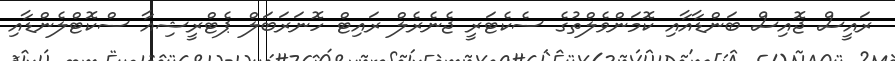
ރައީސް ޖޮއިސް ބަންޑާއާއި ކޮމަންވެލްތުގެ ސެކެޓަރީ ޖެނެރެލް ރައިޓް ހޮނަރަބަލް ޕެޓްރީޝިއާ ސްކޮޓްލެންޑާއި